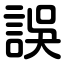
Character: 誤